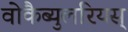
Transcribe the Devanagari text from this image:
वोकैब्युलरियस्